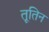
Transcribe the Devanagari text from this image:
तूतिन